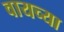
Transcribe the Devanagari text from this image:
वायच्या